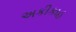
અકીકાહ